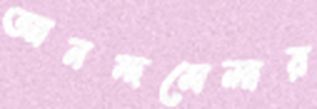
আনন্দমেলার